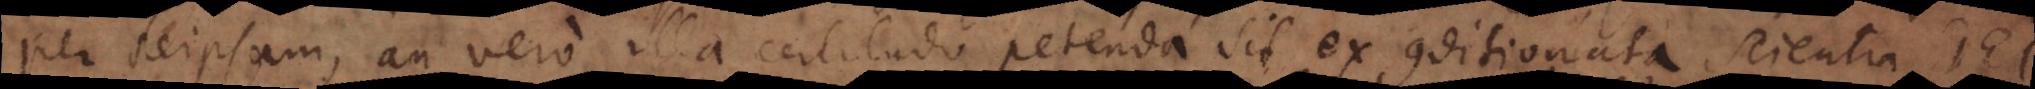
per seipsam, an vero illa certitudo petenda sit ex conditionata scientia Dei